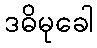
ဒဓိမုခေါ